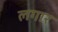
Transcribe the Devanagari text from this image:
लगार